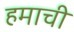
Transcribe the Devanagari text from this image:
हमाची